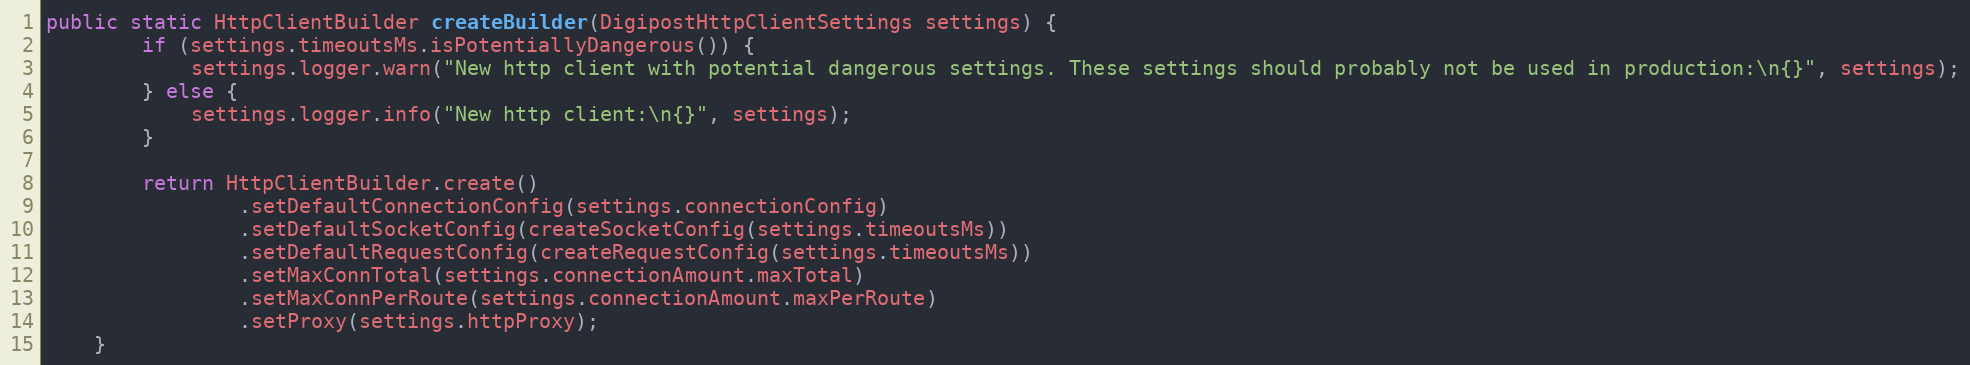
Language: Java
public static HttpClientBuilder createBuilder(DigipostHttpClientSettings settings) {
        if (settings.timeoutsMs.isPotentiallyDangerous()) {
            settings.logger.warn("New http client with potential dangerous settings. These settings should probably not be used in production:\n{}", settings);
        } else {
            settings.logger.info("New http client:\n{}", settings);
        }

        return HttpClientBuilder.create()
                .setDefaultConnectionConfig(settings.connectionConfig)
                .setDefaultSocketConfig(createSocketConfig(settings.timeoutsMs))
                .setDefaultRequestConfig(createRequestConfig(settings.timeoutsMs))
                .setMaxConnTotal(settings.connectionAmount.maxTotal)
                .setMaxConnPerRoute(settings.connectionAmount.maxPerRoute)
                .setProxy(settings.httpProxy);
    }